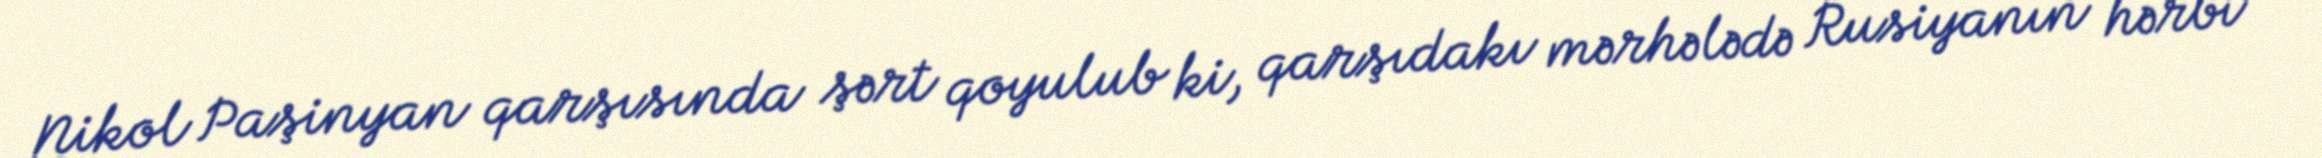
Nikol Paşinyan qarşısında şərt qoyulub ki, qarşıdakı mərhələdə Rusiyanın hərbi